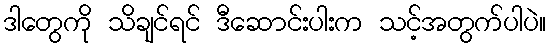
ဒါတွေကို သိချင်ရင် ဒီဆောင်းပါးက သင့်အတွက်ပါပဲ။